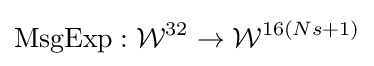
{\textrm {MsgExp}}:{\mathcal {W}}^{32}\rightarrow {\mathcal {W}}^{16(Ns+1)}